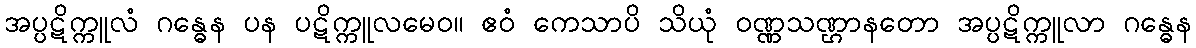
အပ္ပဋိက္ကူလံ ဂန္ဓေန ပန ပဋိက္ကူလမေဝ။ ဧဝံ ကေသာပိ သိယုံ ဝဏ္ဏသဏ္ဌာနတော အပ္ပဋိက္ကူလာ ဂန္ဓေန